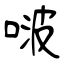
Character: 啵